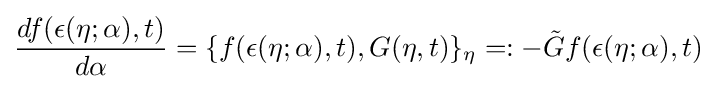
{\frac {df(\epsilon (\eta ;\alpha ),t)}{d\alpha }}=\{f(\epsilon (\eta ;\alpha ),t),G(\eta ,t)\}_{\eta }=:-{\tilde {G}}f(\epsilon (\eta ;\alpha ),t)